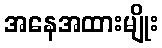
အနေအထားမျိုး